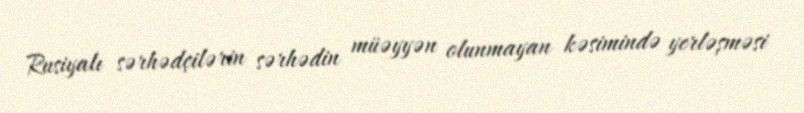
Rusiyalı sərhədçilərin sərhədin müəyyən olunmayan kəsimində yerləşməsi